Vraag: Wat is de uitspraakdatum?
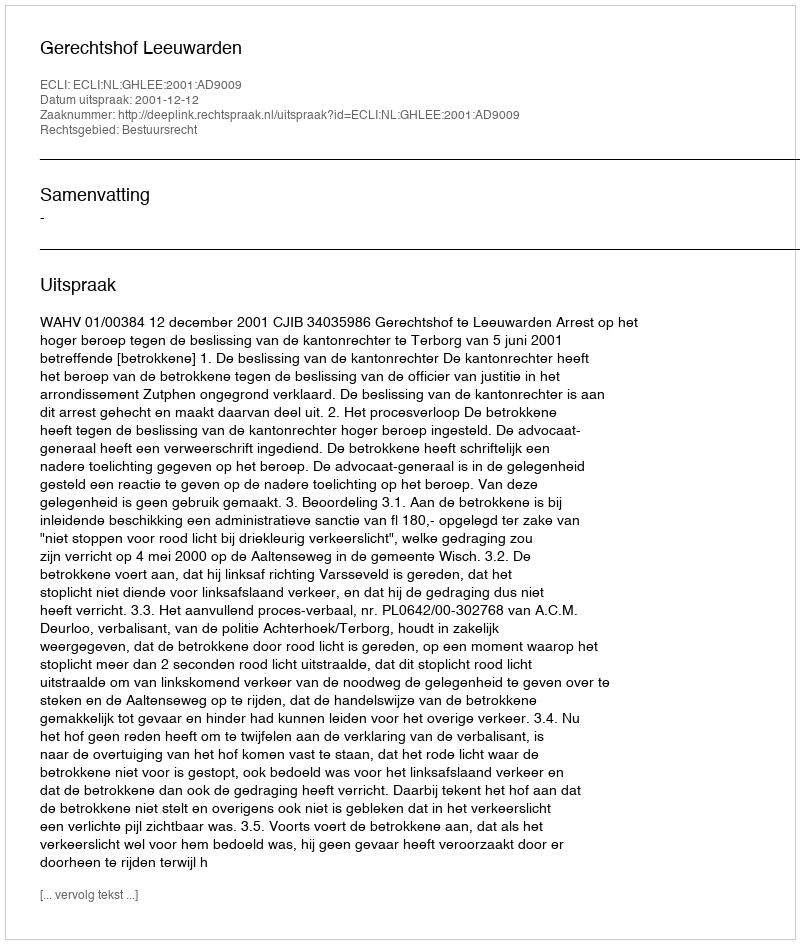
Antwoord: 2001-12-12